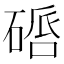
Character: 𥔠